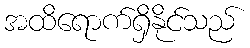
အထိရောက်ရှိနိုင်သည်